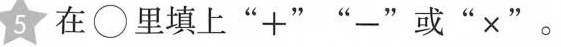
5 在\bigcirc里填上”+””-”或”×” 。